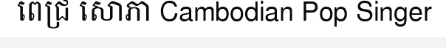
ពេជ្រ សោភា Cambodian Pop Singer